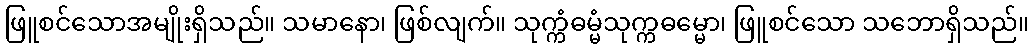
ဖြူစင်သောအမျိုးရှိသည်။ သမာနော၊ ဖြစ်လျက်။ သုက္ကံဓမ္မံသုက္ကဓမ္မော၊ ဖြူစင်သော သဘောရှိသည်။